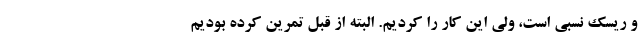
و ریسک نسبی است، ولی این کار را کردیم. البته از قبل تمرین کرده بودیم